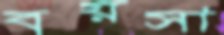
বয়সা